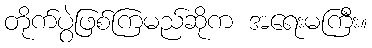
တိုက်ပွဲဖြစ်ကြမည်ဆိုက အရေးမကြီး။